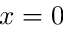
x = 0